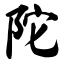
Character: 陀